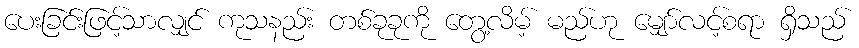
ပေးခြင်းဖြင့်သာလျှင် ကုသနည်း တစ်ခုခုကို တွေ့လိမ့် မည်ဟု မျှော်လင့်စရာ ရှိသည်